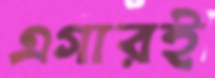
এগারই